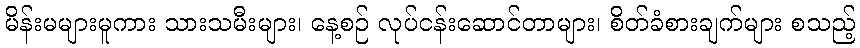
မိန်းမများမူကား သားသမီးများ၊ နေ့စဉ် လုပ်ငန်းဆောင်တာများ၊ စိတ်ခံစားချက်များ စသည့်